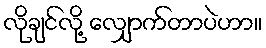
လိုချင်လို့ လျှောက်တာပဲဟာ။